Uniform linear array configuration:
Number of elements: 64
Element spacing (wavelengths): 0.5
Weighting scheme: hamming
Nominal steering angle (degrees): -30
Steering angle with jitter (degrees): -31.349
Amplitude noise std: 0.05
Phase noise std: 0.05

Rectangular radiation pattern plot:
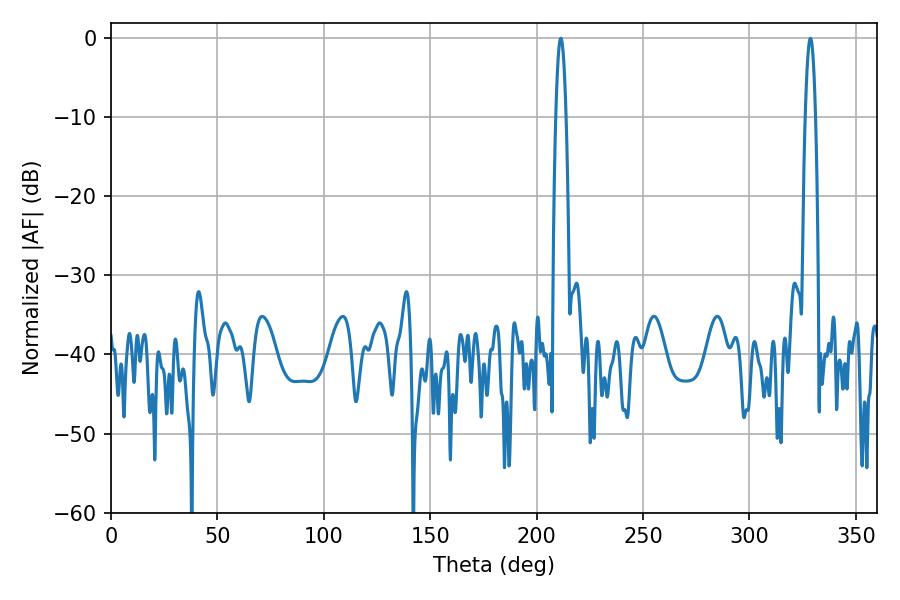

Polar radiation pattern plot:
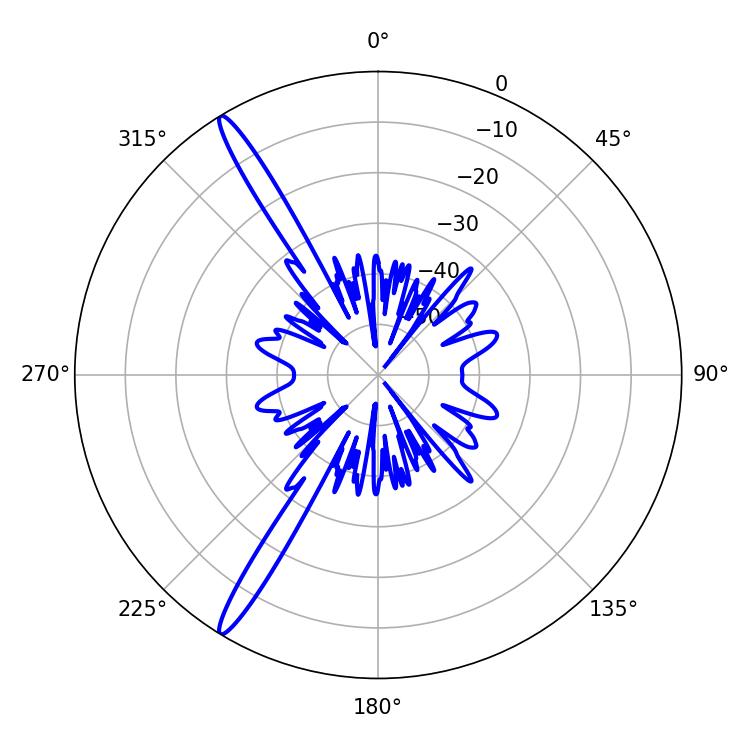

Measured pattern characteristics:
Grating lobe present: FALSE
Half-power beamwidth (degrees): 2.52
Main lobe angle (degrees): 211.32